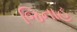
જિનાહ